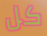
كل